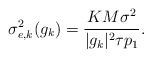
LaTeX: \begin{align*} \sigma_{e,k}^2 (g_k) = \frac{K M \sigma^2}{|g_k|^2 \tau p_1}. \end{align*}